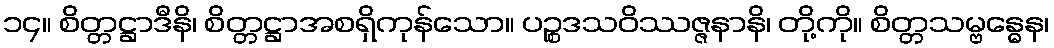
၁၄။ စိတ္တဋ္ဌာဒီနိ၊ စိတ္တဋ္ဌာအစရှိကုန်သော။ ပဉ္စဒသဝိဿဇ္ဇနာနိ၊ တို့ကို။ စိတ္တသမ္ဗန္ဓေန၊